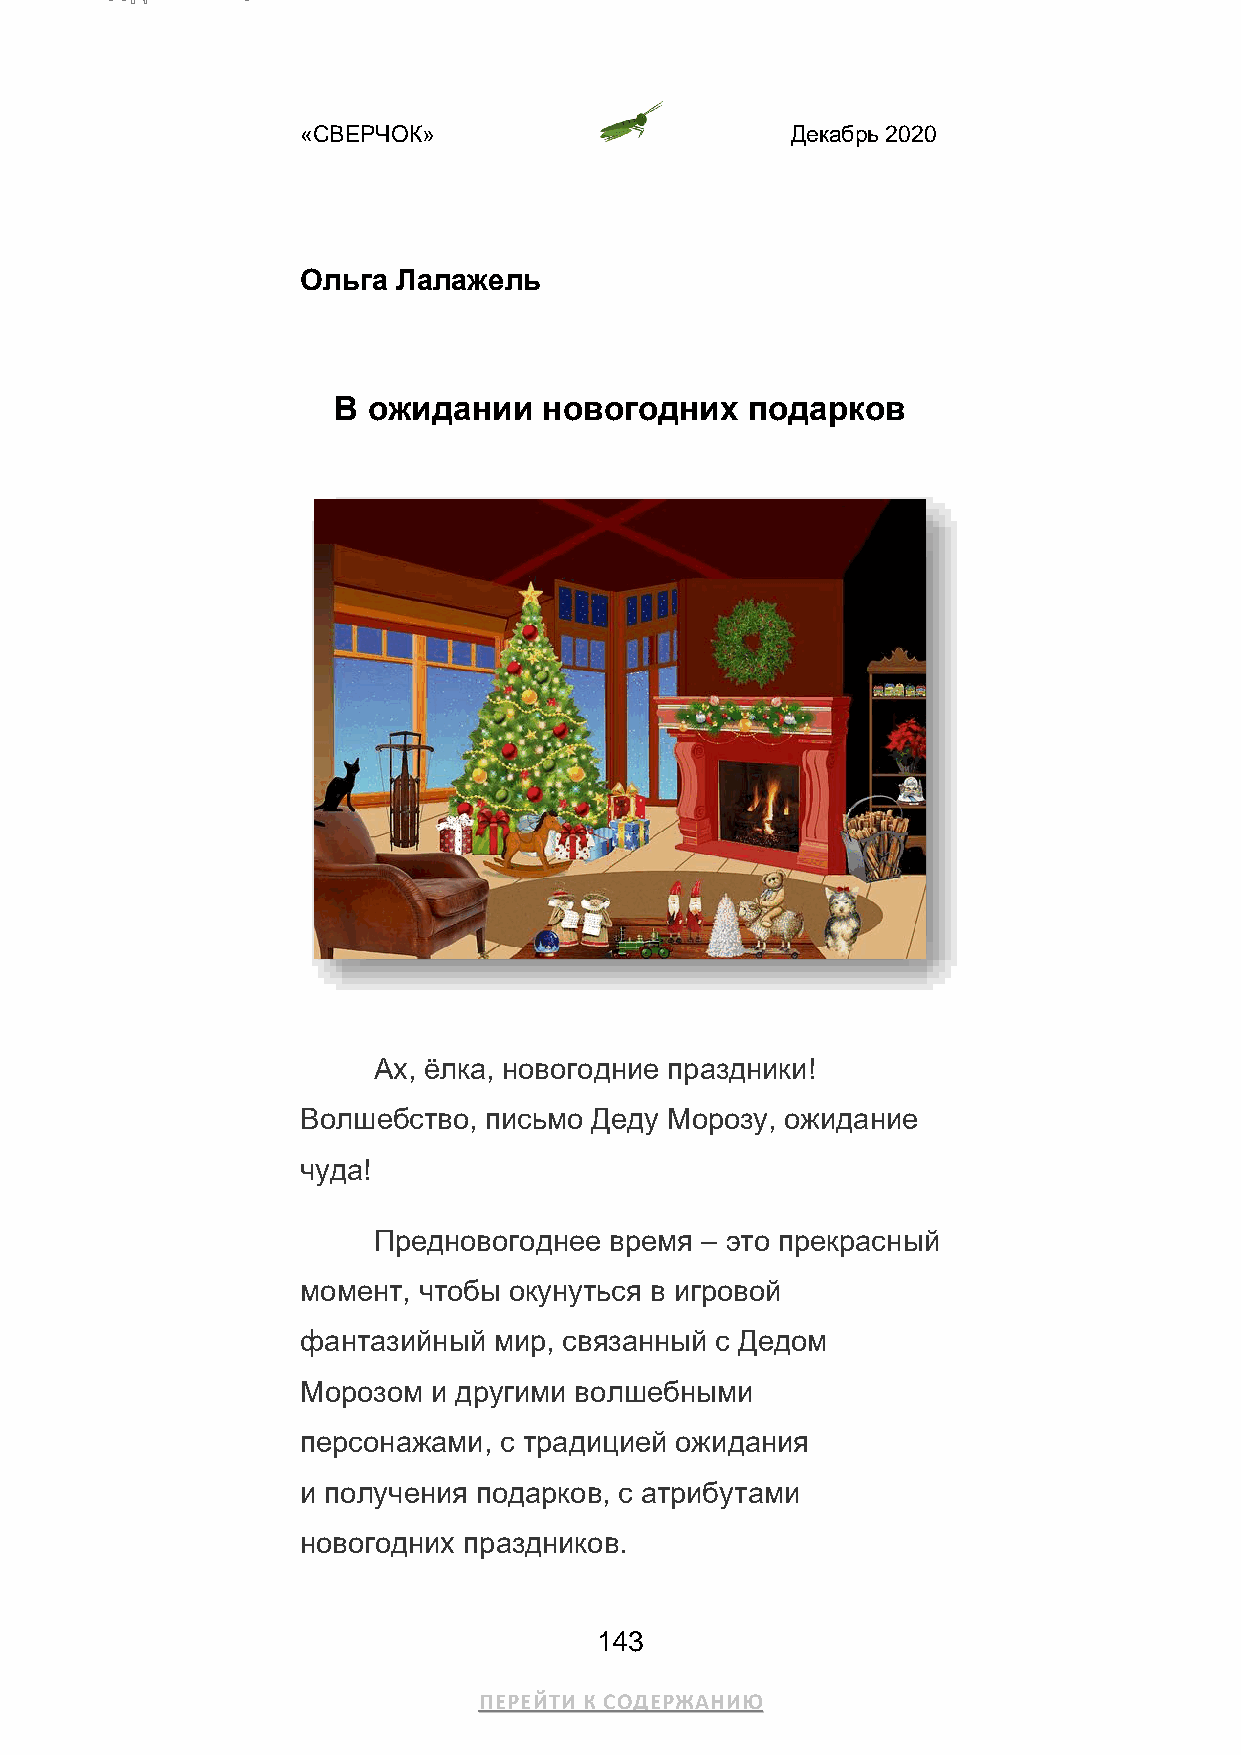
«СВЕРЧОК»                       Декабрь 2020
 Ольга Лалажель
 В ожидании    новогодних   подарков
 Ах, ёлка, новогодние праздники!
 Волшебство, письмо Деду Морозу, ожидание
 чуда!
 Предновогоднее время – это прекрасный
 момент, чтобы окунуться в игровой
 фантазийный  мир, связанный с Дедом
 Морозом  и другими волшебными
 персонажами, с традицией ожидания
 и получения подарков, с атрибутами
 новогодних праздников.
 143
 ПЕРЕЙТИ К СОДЕРЖАНИЮ